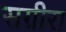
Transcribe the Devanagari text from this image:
सग़ीरा